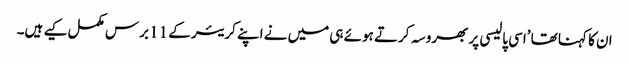
ان کا کہنا تھا ’اسی پالیسی پر بھروسہ کرتے ہوئے ہی میں نے اپنے کریئر کے 11 برس مکمل کیے ہیں۔